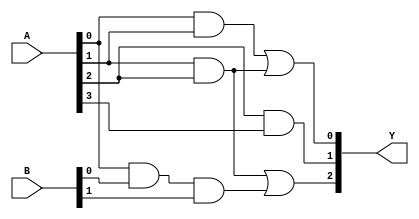
module PAL (
    input wire [N-1:0] A,      // Input signals (N input pins)
    input wire [M-1:0] B,      // Input signals (M input pins)
    output wire [P-1:0] Y      // Output signals (P output pins)
);

// Parameters for the PAL
parameter N = 4; // Number of input pins
parameter M = 2; // Number of additional input pins
parameter P = 3; // Number of output pins
parameter NUM_AND_GATES = 4; // Number of programmable AND gates

// Programmable AND array
wire [NUM_AND_GATES-1:0] and_out; // Outputs of the AND gates

// AND gates programming (example connections)
assign and_out[0] = A[0] & A[1];                // Example Product Term 1
assign and_out[1] = A[1] & A[2];                // Example Product Term 2
assign and_out[2] = A[2] & A[3];                // Example Product Term 3
assign and_out[3] = A[0] & B[0] & B[1];        // Example Product Term 4 (using B inputs)

// Fixed OR array combining the outputs of the AND gates
assign Y[0] = and_out[0] | and_out[1]; // Output 1
assign Y[1] = and_out[2];               // Output 2
assign Y[2] = and_out[1] | and_out[3]; // Output 3

endmodule